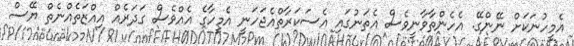
އެމީހުނަކަށް ނޭންގޭ. އެހެންތާވާނީވެސް އެތަނުގައި އެސަކަރާތްއެޖަހަނީ އެމީހާގެ އެއްވެސް ގަދަރެއް އިއްޒަތެއްނެތް ޔޭސް